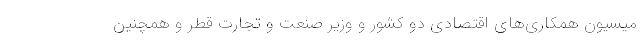
میسیون همکاری‌های اقتصادی دو کشور و وزیر صنعت و تجارت قطر و همچنین